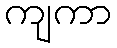
ကျကာ